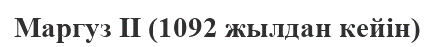
Маргуз II (1092 жылдан кейін)